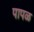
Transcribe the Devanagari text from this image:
पापळ